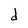
Character: d